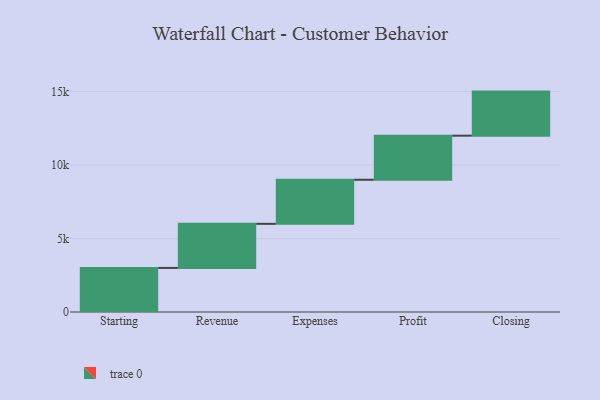
{"axis": {"x": "Step", "y": "Value"}, "legend": [""], "data": [{"x": "Starting", "y": 3000, "type": ""}, {"x": "Revenue", "y": 3000, "type": ""}, {"x": "Expenses", "y": 3000, "type": ""}, {"x": "Profit", "y": 3000, "type": ""}, {"x": "Closing", "y": 3000, "type": ""}]}